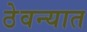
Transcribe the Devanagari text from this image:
ठेवन्यात